Lunatic asylums United Prov. 1922-30 - 1922-1930
Year: 1922
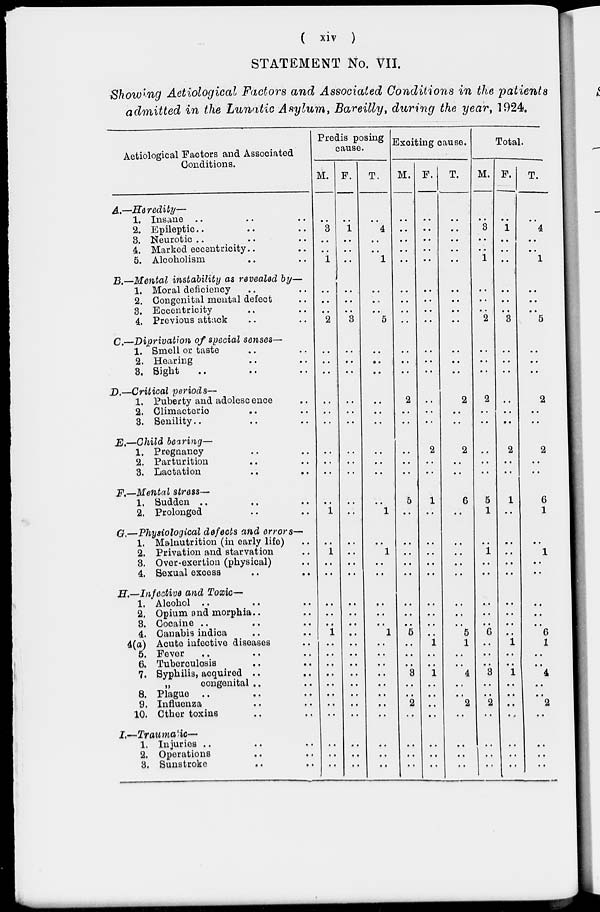
( xiv )
STATEMENT No. VII.
Showing Aetiological Factors and Associated Conditions in the patients
admitted in the Lunatic Asylum, Bareilly, during the year, 1924.
Aetiological Factors and Associated
Conditions.
A.—Heredity—
1.
2.
3.
4.
5.
Insane .. .. ..
Epileptic .. .. ..
Neurotic .. .. ..
Marked eccentricity .. ..
Alcoholism .. ..
B,—Mental instability as revealed by—
1.
2.
3.
4.
Moral deficiency .. ..
Congonital mental defect ..
Eccentricity .. ..
Previous attack .. ..
C.—Derivation of special senses—
1.
2.
3.
Smell or taste .. ..
Hearing .. ..
Sight .. .. ..
D.—Critical periods—
1.
2.
3.
Puberty and adolescence ..
Climacteric .. ..
Senility .. .. ..
E.—Child bearing—
1.
2.
3.
Pregnancy .. ..
Parturition .. ..
Lactation .. ..
F.—Mental stress—
1.
2.
Sudden .. .. ..
Prolonged .. ..
G.—Physiological defects and errors—
1.
2.
3.
4.
Malnutrition (in early life) ..
Privation and starvation ..
Over-exertion (physical) ..
Sexual excess .. ..
H.—Infective and Toxic—
1.
2.
3.
4.
4(a)
5.
6.
7.
8.
9.
10.
Alcohol .. .. ..
Opium and morphia .. ..
Cocaine .. ..
Canabis indica .. ..
Acute infective diseases ..
Fever .. .. ..
Tuberoulosis .. ..
Syphilis, acquired .. ..
„ congenital .. ..
Plague .. .. ..
Influenza .. ..
Other toxins .. ..
I.—Traumatic—
1.
2.
3.
Injuries .. .. ..
Operations .. ..
Sunstroke
..
..
Predisposing
cause.
M.
..
3
..
.. 1
..
..
..
2
..
..
..
..
..
..
..
..
..
..
1
..
1
..
..
..
..
..
1
..
..
..
..
..
..
..
..
..
..
..
F.
..
1
..
..
..
..
..
..
3
..
..
..
..
..
..
..
..
..
..
..
..
..
..
..
..
..
..
..
..
..
..
..
..
..
..
..
..
..
..
T.
..
4
..
..
1
..
..
..
5
..
..
..
..
..
..
..
..
..
..
1
..
1
..
..
..
..
..
1
..
..
..
..
..
..
..
..
..
..
..
Exciting cause.
M.
..
..
..
..
..
..
..
..
..
..
..
..
2
..
..
..
..
..
5
..
..
..
..
..
..
..
..
5
..
..
..
3
..
..
2
..
..
..
..
F.
..
..
..
..
..
..
..
..
..
..
..
..
..
..
..
2
..
..
1
..
..
..
..
..
..
..
..
..
1
..
..
1
..
..
..
..
..
..
..
T.
..
..
..
..
..
..
..
..
..
..
..
..
2
..
..
2
..
..
6
..
..
..
..
..
..
..
..
5
1
..
..
4
..
..
2
..
..
..
..
Total.
M.
..
3
..
..
1
..
..
..
2
..
..
..
2
..
..
..
..
..
5
1
..
1
..
..
..
..
..
6
..
..
..
3
..
..
2
..
..
..
..
F.
..
1
..
..
..
..
..
..
3
..
..
..
..
..
..
2
..
..
1
..
..
..
..
..
..
..
..
..
1
..
..
1
..
..
..
..
..
..
..
T.
..
4
..
..
1
..
..
..
5
..
..
..
2
..
..
2
..
..
6
1
..
1
1
..
..
..
..
6
1
..
..
4
..
..
3
..
..
..
..